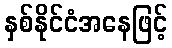
နှစ်နိုင်ငံအနေဖြင့်